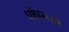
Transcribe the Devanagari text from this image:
पॉपरच्या